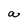
Character: a